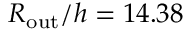
R _ { \mathrm { o u t } } / h = 1 4 . 3 8